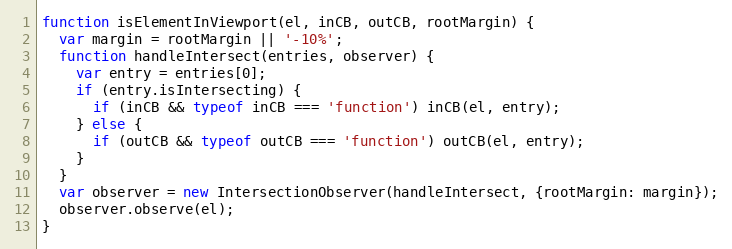
Language: JavaScript
function isElementInViewport(el, inCB, outCB, rootMargin) {
  var margin = rootMargin || '-10%';
  function handleIntersect(entries, observer) {
    var entry = entries[0];
    if (entry.isIntersecting) {
      if (inCB && typeof inCB === 'function') inCB(el, entry);
    } else {
      if (outCB && typeof outCB === 'function') outCB(el, entry);
    }
  }
  var observer = new IntersectionObserver(handleIntersect, {rootMargin: margin});
  observer.observe(el);
}